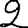
Digit: 2